Civil Veterinary Department ledger series I-VI
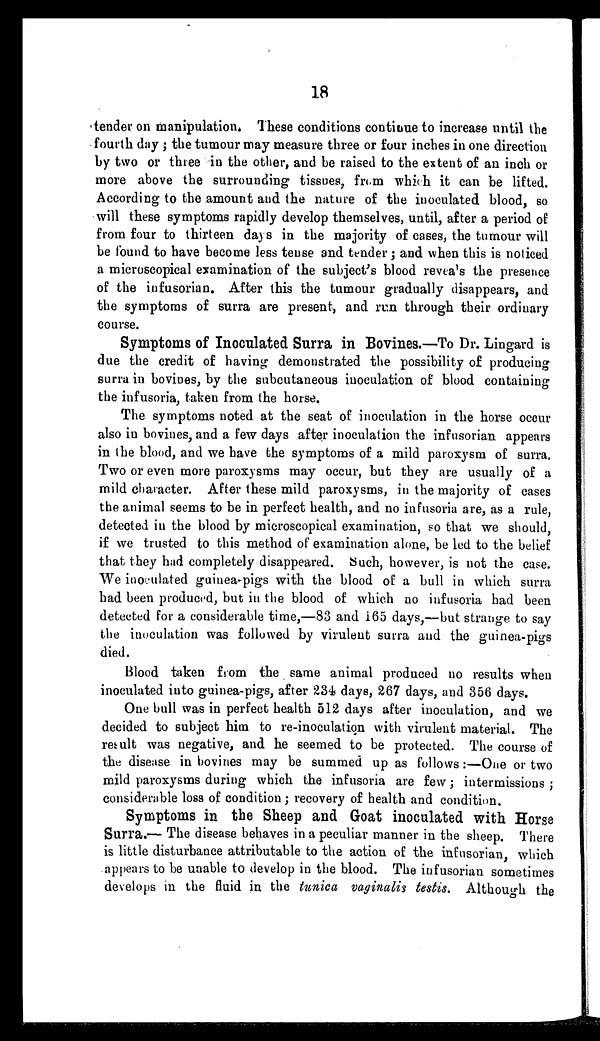
18
tender on manipulation. These conditions continue to increase until the
fourth day; the tumour may measure three or four inches in one direction
by two or three in the other, and be raised to the extent of an inch or
more above the surrounding tissues, from which it can be lifted.
According to the amount and the nature of the inoculated blood, so
will these symptoms rapidly develop themselves, until, after a period of
from four to thirteen days in the majority of cases, the tumour will
be found to have become less tense and tender; and when this is noticed
a microscopical examination of the subject's blood reveals the presence
of the infusorian. After this the tumour gradually disappears, and
the symptoms of surra are present, and run through their ordinary
course.
Symptoms of Inoculated Surra in Bovines.—To Dr. Lingard is
due the credit of having demonstrated the possibility of producing
surra in bovines, by the subcutaneous inoculation of blood containing
the infusoria, taken from the horse.
The symptoms noted at the seat of inoculation in the horse occur
also in bovines, and a few days after inoculation the infusorian appears
in the blood, and we have the symptoms of a mild paroxysm of surra.
Two or even more paroxysms may occur, but they are usually of a
mild character. After these mild paroxysms, in the majority of cases
the animal seems to be in perfect health, and no infusoria are, as a rule,
detected in the blood by microscopical examination, so that we should,
if we trusted to this method of examination alone, be led to the belief
that they had completely disappeared. Such, however, is not the case.
We inoculated guinea-pigs with the blood of a bull in which surra
had been produced, but in the blood of which no infusoria had been
detected for a considerable time,—83 and 165 days,—but strange to say
the inoculation was followed by virulent surra and the guinea-pigs
died.
Blood taken from the same animal produced no results when
inoculated into guinea-pigs, after 234 days, 267 days, and 356 days.
One bull was in perfect health 512 days after inoculation, and we
decided to subject him to re-inoculation with virulent material. The
result was negative, and he seemed to be protected. The course of
the disease in bovines may be summed up as follows:—One or two
mild paroxysms during which the infusoria are few; intermissions;
considerable loss of condition; recovery of health and condition.
Symptoms in the Sheep and Goat inoculated with Horse
Surra.—The disease behaves in a peculiar manner in the sheep. There
is little disturbance attributable to the action of the infusorian, which
appears to be unable to develop in the blood. The infusorian sometimes
develops in the fluid in the tunica vaginalis testis. Although the